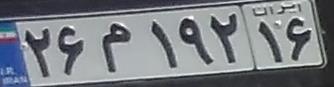
۲۶م۱۹۲۱۶